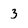
Character: 3